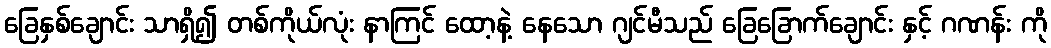
ခြေနှစ်ချောင်း သာရှိ၍ တစ်ကိုယ်လုံး နာကြင် ထော့နဲ့ နေသော ဂျင်မီသည် ခြေခြောက်ချောင်း နှင့် ဂဏန်း ကို